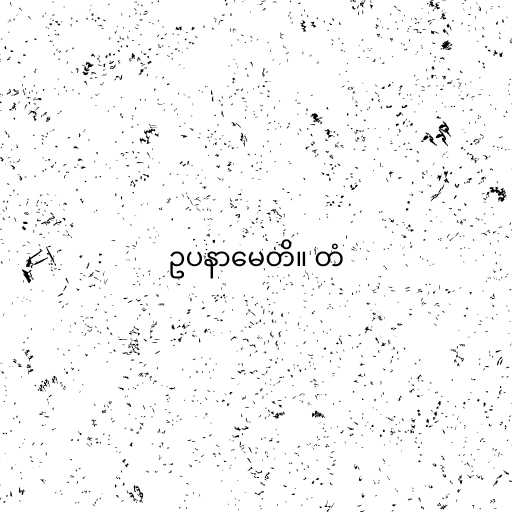
ဥပနာမေတိ။ တံ